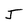
Character: J